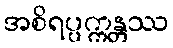
အစိရပ္ပက္ကန္တဿ